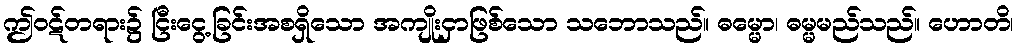
ဤဝဋ်တရား၌ ငြီးငွေ့ခြင်းအစရှိသော အကျိုးငှာဖြစ်သော သဘောသည်။ ဓမ္မော၊ ဓမ္မမည်သည်။ ဟောတိ၊